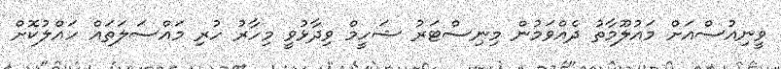
ވީނިއުސްއަށް މައުލޫމާތު ދެއްވަމުން މިނިސްޓަރު ޝަހީމް ވިދާޅުވީ މިހާރު ހުރި މައްސަލަތައް ހައްލުކޮށް